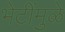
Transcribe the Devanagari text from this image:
भेटींमुळे